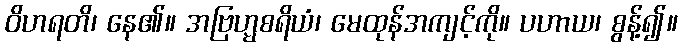
ဝိဟရတိ၊ နေ၏။ အဗြဟ္မစရိယံ၊ မေထုန်အကျင့်ကို။ ပဟာယ၊ စွန့်၍။